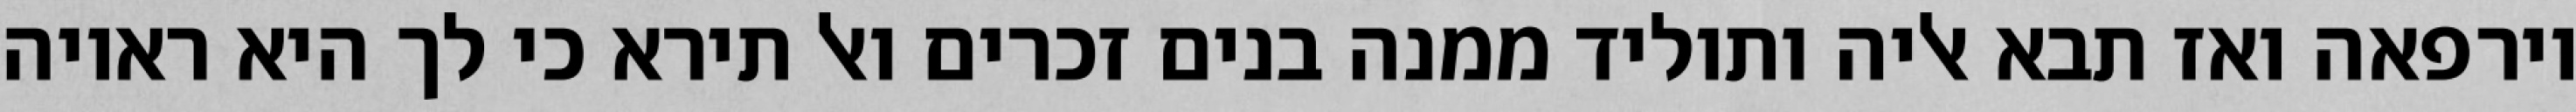
וירפאה ואז תבא אליה ותוליד ממנה בנים זכרים ואל תירא כי לך היא ראויה